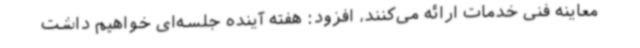
معاینه فنی خدمات ارائه می‌کنند، افزود: هفته آینده جلسه‌ای خواهیم داشت